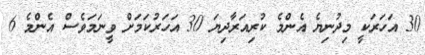
30 އަހަރަކީ މިދުނިޔެ އެންމެ ކުރިއަރާދިޔަ 30 އަހަރުކަމަށް ވީނަމަވެސް އެންމެ 6